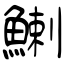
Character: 鯻